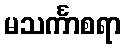
မသင်္ကာစရာ